Code of medical and sanitary regulations for the guidance of medical officers serving in the Madras Presidency - Volume I
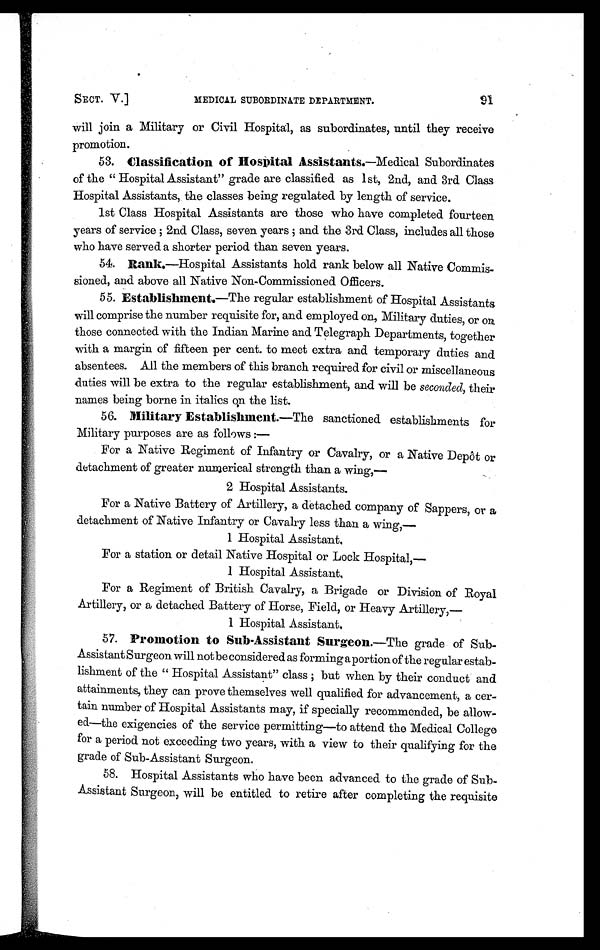
SECT. V.]
MEDICAL SUBORDINATE DEPARTMENT.
will join a Military or Civil Hospital, as subordinates, until they receive
promotion.
53. Classification of Hospital Assistants.—Medical Subordinates
of the " Hospital Assistant" grade are classified as 1st, 2nd, and 3rd Class
Hospital Assistants, the classes being regulated by length of service.
1st Class Hospital Assistants are those who have completed fourteen
years of service ; 2nd Class, seven years ; and the 3rd Class, includes all those
who have served a shorter period than seven years.
54.
Rank.—Hospital Assistants hold rank below all Native Commis-
sioned, and above all Native Non-Commissioned Officers.
55. Establishment.—The regular establishment of Hospital Assistants
will comprise the number requisite for, and employed on, Military duties, or on
those connected with the Indian Marine and Telegraph Departments, together
with a margin of fifteen per cent. to meet extra and temporary duties and
absentees. All the members of this branch required for civil or miscellaneous
duties will be extra to the regular establishment, and will be seconded, their
names being borne in italics on the list.
56. Military Establishment.—The sanctioned establishments for
Military purposes are as follows :
—
For a Native Regiment of Infantry or Cavalry, or a Native Depôt or
detachment of greater numerical strength than a wing,
—
2 Hospital Assistants.
For a Native Battery of Artillery, a detached company of Sappers, or a
detachment of Native Infantry or Cavalry less than a wing,—
1 Hospital Assistant,
For a station or detail Native Hospital or Lock Hospital,—
1 Hospital Assistant,
For a Regiment of British Cavalry, a Brigade or Division of Royal
Artillery, or a detached Battery of Horse, Field, or Heavy Artillery,
—
1 Hospital Assistant,
57. Promotion to Sub-Assistant Surgeon.—The grade of Sub-
Assistant Surgeon will not be considered as forming a portion of the regular estab-
lishment of the " Hospital Assistant" class ; but when by their conduct and
attainments, they can prove themselves well qualified for advancement, a cer-
tain number of Hospital Assistants may, if specially recommended, be allow-
ed—the exigencies of the service permitting—to attend the Medical College
for a period not exceeding two years, with a view to their qualifying for the
grade of Sub-Assistant Surgeon.
58. Hospital Assistants who have been advanced to the grade of Sub-
A s s i s t a n t S u r g e o n , w i l l b e e n t i t l e d t o r e t i r e a f t e r c o m p l e t i n g t h e r e q u i s i t e